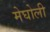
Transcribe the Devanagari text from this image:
मेघोली